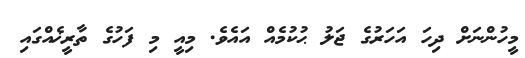
މީހުންނަށް ދިހަ އަހަރުގެ ޖަލު ޙުކުމެއް އައެވެ. މިއީ މި ފަހުގެ ތާރީޚެއްގައި